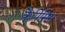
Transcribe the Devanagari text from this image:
कैपिसिस